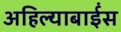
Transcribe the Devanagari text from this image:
अहिल्याबाईंस